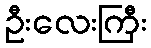
ဦးလေးကြီး